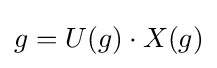
g=U(g)\cdot X(g)